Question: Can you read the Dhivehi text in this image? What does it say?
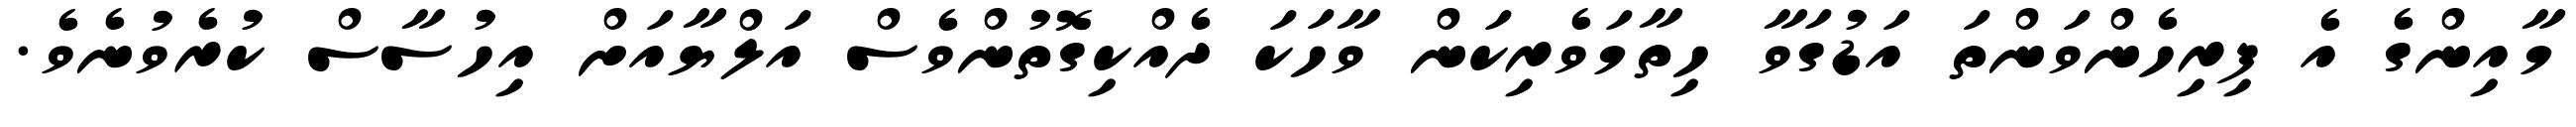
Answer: މާއިންގެ އެ ފިރިހެންވަންތަ އަޑުގަވާ ހިތާމަވެރިކަން ވާހަކަ ދެއްކިގޮތުންވެސް އަލްޔާއަށް އިހުސާސް ކުރެވުނެވެ.